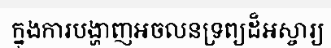
ក្នុងការបង្ហាញអចលនទ្រព្យដ៏អស្ចារ្យ